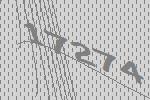
17274